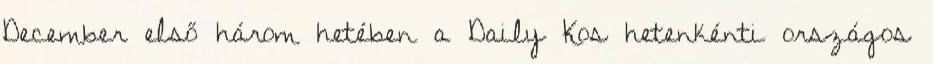
December első három hetében a Daily Kos hetenkénti országos